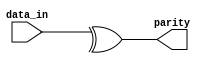
`timescale 1ns / 1ps

module even_parity_generator (
  input wire [7:0] data_in,
  output wire parity
);

assign parity = ^data_in;

endmodule